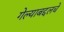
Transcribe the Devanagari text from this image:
गेल्याबद्दलचे